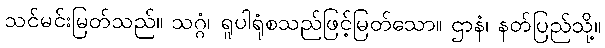
သင်မင်းမြတ်သည်။ သဂ္ဂံ၊ ရူပါရုံစသည်ဖြင့်မြတ်သော။ ဌာနံ၊ နတ်ပြည်သို့။